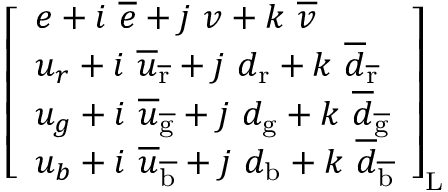
{ \left[ \begin{array} { l } { e + i \ { \overline { { e } } } + j \ v + k \ { \overline { { v } } } } \\ { u _ { r } + i \ { \overline { { u } } } _ { \mathrm { \overline { { r } } } } + j \ d _ { \mathrm { r } } + k \ { \overline { { d } } } _ { \mathrm { \overline { { r } } } } } \\ { u _ { g } + i \ { \overline { { u } } } _ { \mathrm { \overline { { g } } } } + j \ d _ { \mathrm { g } } + k \ { \overline { { d } } } _ { \mathrm { \overline { { g } } } } } \\ { u _ { b } + i \ { \overline { { u } } } _ { \mathrm { \overline { { b } } } } + j \ d _ { \mathrm { b } } + k \ { \overline { { d } } } _ { \mathrm { \overline { { b } } } } } \end{array} \right] } _ { \mathrm { L } }